Vaccine operations Central Provinces & Berar 1922-1929 - 1922-1929
Year: 1922
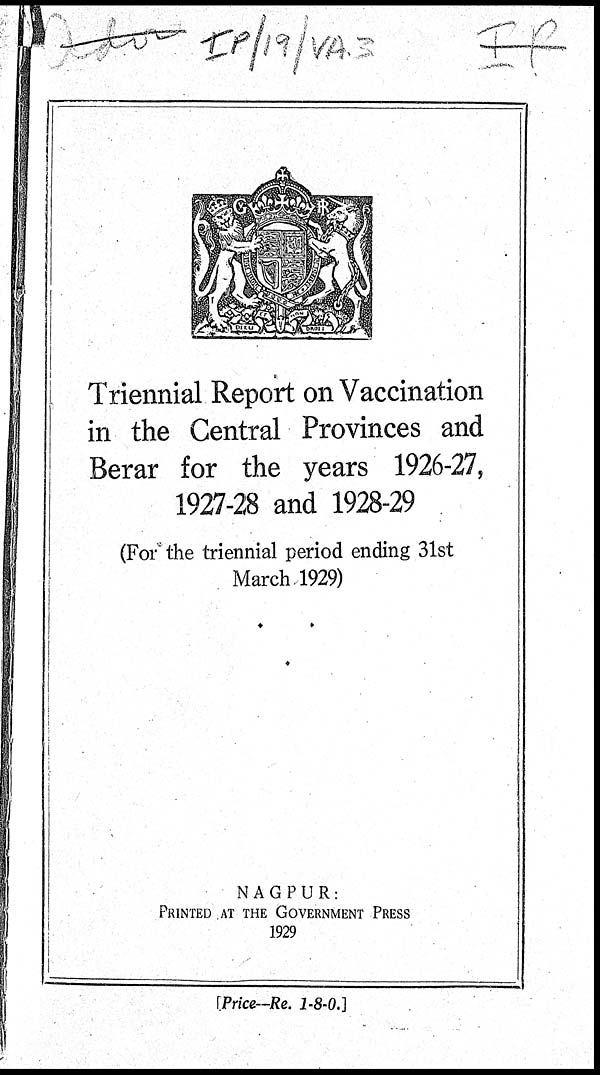
Triennial Report on Vaccination
in the Central Provinces and
Berar for the years 1926-27,
1927-28 and 1928-29
(For the triennial period ending 31st
March 1929)
NAGPUR:
PRINTED AT THE GOVERNMENT PRESS
1929
[Price—Re. 1-8-0.]